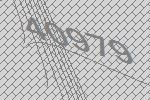
40979